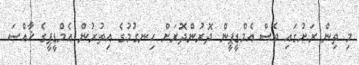
މި ތިން ރަށުގައި ވެސް އެމްޑީޕީން ދޮރުންދޮރަށް ހިނގުމުގެ އިތުރުން އެމްޑީޕީގެ ޚާއްސަ